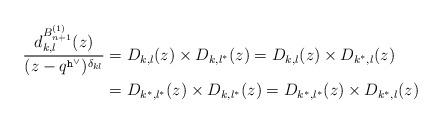
LaTeX: \begin{align*} \begin{aligned}\dfrac{d^{B^{(1)}_{n+1}}_{k,l}(z)}{(z-q^{\mathtt{h}^\vee})^{\delta_{kl}}} & = D_{k,l}(z) \times D_{k,l^*}(z) = D_{k,l}(z) \times D_{k^*,l}(z) \\& = D_{k^*,l^*}(z) \times D_{k,l^*}(z) = D_{k^*,l^*}(z) \times D_{k^*,l}(z)\end{aligned}\end{align*}